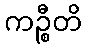
ကဉ္စီတိ